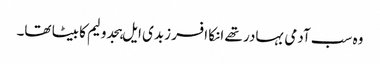
وہ سب آدمی بہادر تھے انکا افسر زبدی ایل ہجدولیم کا بیٹا تھا۔